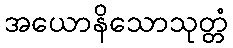
အယောနိသောသုတ္တံ